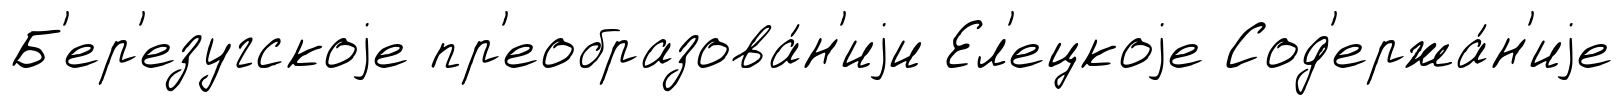
Б'ер'езугскоjе пр'еобразова́н'иjи Ел'ецкоjе Сод'ержа́н'иjе